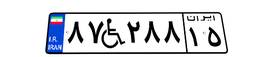
۳۱W۶۸۱۶۳